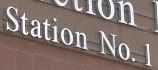
Station No. 1